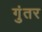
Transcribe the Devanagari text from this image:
गुंतर